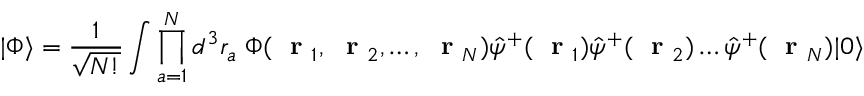
| \Phi \rangle = \frac { 1 } { \sqrt { N ! } } \int \prod _ { a = 1 } ^ { N } d ^ { 3 } r _ { a } \; \Phi ( \mathrm { ~ \bf ~ r ~ } _ { 1 } , \mathrm { ~ \bf ~ r ~ } _ { 2 } , \dots , \mathrm { ~ \bf ~ r ~ } _ { N } ) \hat { \psi } ^ { + } ( \mathrm { ~ \bf ~ r ~ } _ { 1 } ) \hat { \psi } ^ { + } ( \mathrm { ~ \bf ~ r ~ } _ { 2 } ) \dots \hat { \psi } ^ { + } ( \mathrm { ~ \bf ~ r ~ } _ { N } ) | 0 \rangle